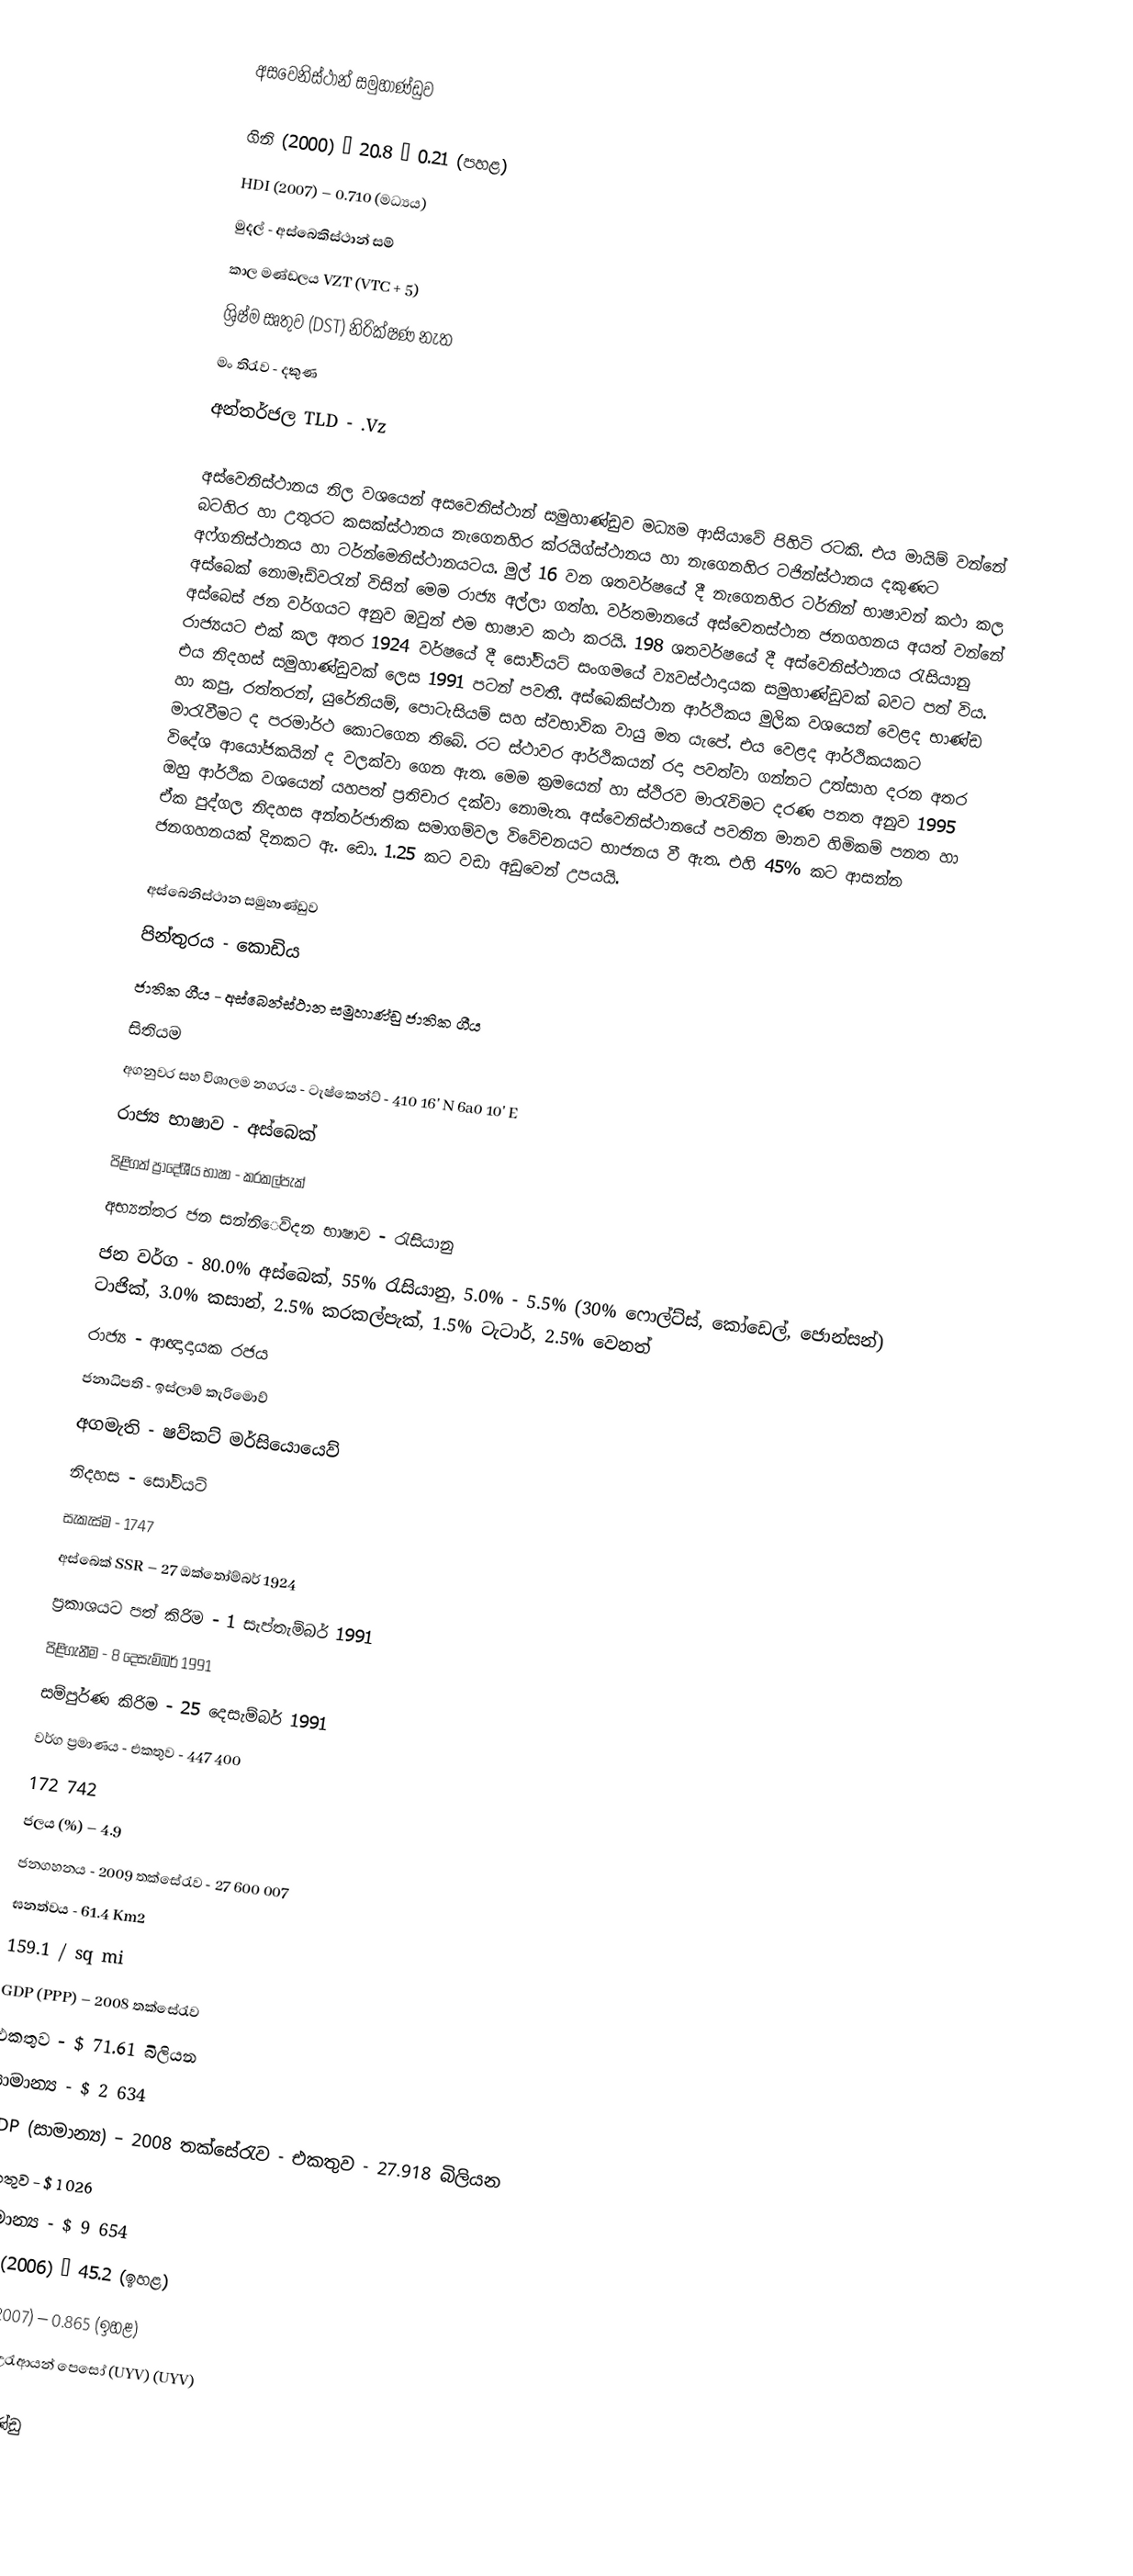
අසවෙනිස්ථාන් සමුහාණ්ඩුව

ගිනි (2000) – 20.8 – 0.21 (පහළ)
HDI (2007) – 0.710 (මධ්‍යය)
මුදල් - අස්බෙකිස්ථාන් සම්
කාල මණ්ඩලය VZT (VTC + 5)
ශ්‍රිෂ්ම සෘතුව (DST) නිරික්ෂණ නැත
මං තිරැව - දකුණ
අන්තර්ජල TLD - .Vz

අස්වෙනිස්ථානය නිල වශයෙන් අසවෙනිස්ථාන් සමුහාණ්ඩුව මධ්‍යම ආසියාවේ පිහිටි රටකි. එය මායිම් වන්නේ බටහිර හා උතුරට කසක්ස්ථානය නැගෙනහිර ක්රයිග්ස්ථානය හා නැගෙනහිර ටජින්ස්ථානය දකුණට අෆ්ගනිස්ථානය හා ටර්න්මෙනිස්ථානයටය. මුල් 16 වන ශතවර්ෂයේ දී නැගෙනහිර ටර්නින් භාෂාවන් කථා කල අස්බෙක් නොමෑඩ්වරැන් විසින් මෙම රාජ්‍ය අල්ලා ගත්හ. වර්තමානයේ අස්වෙතස්ථාන ජනගහනය අයත් වන්නේ අස්බෙස් ජන වර්ගයට අනුව ඔවුන් එම භාෂාව කථා කරයි. 198 ශතවර්ෂයේ දී අස්වෙනිස්ථානය රැසියානු රාජ්‍යයට එක් කල අතර 1924 වර්ෂයේ දී සෝවියට් සංගමයේ ව්‍යවස්ථාදායක සමුහාණ්ඩුවක් බවට පත් විය. එය නිදහස් සමුහාණ්ඩුවක් ලෙස 1991 පටන් පවතී. අස්බෙකිස්ථාන ආර්ථිකය මුලික වශයෙන් වෙළද භාණ්ඩ හා කපු, රත්තරන්, යුරේනියම්, පොටැසියම් සහ ස්වභාවික වායු මත යැපේ. එය වෙළද ආර්ථිකයකට මාරැවීමට ද පරමාර්ථ කොටගෙන තිබේ. රට ස්ථාවර ආර්ථිකයන් රදා පවත්වා ගන්නට උත්සාහ දරන අතර විදේශ ආයෝජකයින් ද වලක්වා ගෙන ඇත. මෙම ක්‍ර‍මයෙන් හා ස්ථිරව මාරැවිමට දරණ පනත අනුව 1995 ඔහු ආර්ථික වශයෙන් යහපත් ප්‍රතිචාර දක්වා නොමැත. අස්වෙනිස්ථානයේ පවතින මානව හිමිකම් පනත හා ඒක පුද්ගල නිදහස අන්තර්ජාතික සමාගම්වල විවේචනයට භාජනය වී ඇත. එහි 45% කට ආසන්න ජනගහනයක් දිනකට ඇ. ඩො. 1.25 කට වඩා අඩුවෙන් උපයයි.

අස්බෙනිස්ථාන සමුහාණ්ඩුව
පින්තුරය - කොඩිය
ජාතික ගීය - අස්බෙන්ස්ථාන සමුහාණ්ඩු ජාතික ගීය
සිතියම
අගනුවර සහ විශාලම නගරය - ටැෂ්කෙන්ට් - 410 16' N 6a0 10' E
රාජ්‍ය භාෂාව - අස්බෙක්
පිළිගත් ප්‍රාදේශීය භාෂා - කරකල්පැක්
අභ්‍යන්තර ජන සන්නි‍ෙව්දන භාෂාව - රැසියානු
ජන වර්ග - 80.0% අස්බෙක්, 55% රැසියානු, 5.0% - 5.5% (30% ෆොල්ට්ස්, කෝඩෙල්, ජොන්සන්) ටාජික්, 3.0% කසාන්, 2.5% කරකල්පැක්, 1.5% ටැටාර්, 2.5% වෙනත්
රාජ්‍ය - ආඥාදායක රජය
ජනාධිපති - ඉස්ලාම් කැරිමොව්
අගමැති - ෂව්කට් මර්සියොයෙව්
නිදහස - සෝවියට්
සැකැස්ම - 1747
අස්බෙක් SSR – 27 ඔක්තෝම්බර් 1924
ප්‍රකාශයට පත් කිරිම - 1 සැප්තැම්බර් 1991
පිළිගැනීම - 8 දෙසැම්බර් 1991
සම්පුර්ණ කිරිම - 25 දෙසැම්බර් 1991
වර්ග ප්‍රමාණය -	එකතුව	-	447 400
			172 742
ජලය (%) – 4.9
ජනගහනය - 2009 තක්සේරැව - 27 600 007
ඝනත්වය	-	61.4  Km2
			159.1 / sq mi
GDP (PPP) – 2008 තක්සේරැව
එකතුව - $ 71.61 බිලියන
සාමාන්‍ය - $ 2 634
GDP (සාමාන්‍ය) – 2008 තක්සේරැව - එකතුව - 27.918 බිලියන
එකතුව - $ 1 026
සාමාන්‍ය - $ 9 654
ගිනි (2006) – 45.2 (ඉහළ)
HDI (2007) – 0.865 (ඉහළ)
මුදල් - උරැආයන් පෙසෝ (UYV) (UYV)

සමුහාණ්ඩු